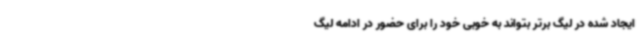
ایجاد شده در لیگ برتر بتواند به خوبی خود را برای حضور در ادامه لیگ